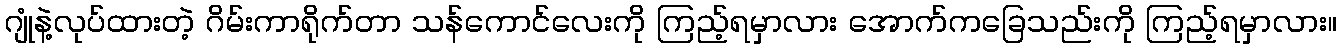
ဂျုံနဲ့လုပ်ထားတဲ့ ဂိမ်းကာရိုက်တာ သန်ကောင်လေးကို ကြည့်ရမှာလား အောက်ကခြေသည်းကို ကြည့်ရမှာလား။